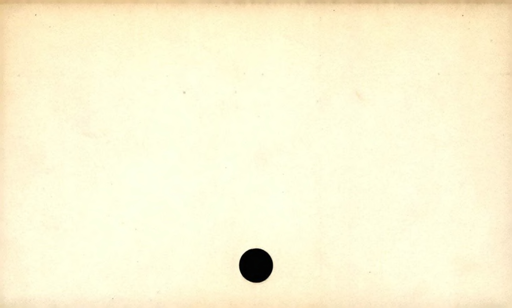
Label: blank